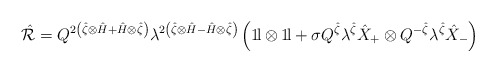
\begin{align*}\hat{\cal R} = Q^{2 \left( \hat{\zeta} \otimes \hat{H} + \hat{H}\otimes \hat{\zeta} \right)} \lambda ^{2 \left( \hat{\zeta} \otimes\hat{H} - \hat{H} \otimes \hat{\zeta} \right)} \left( 1\!{\rm l} \otimes1\!{\rm l} + \sigma Q^{\hat{\zeta}} \lambda ^{\hat{\zeta}} \hat{X}_+\otimes Q^{-\hat{\zeta}} \lambda ^{\hat{\zeta}} \hat{X}_- \right)\end{align*}